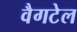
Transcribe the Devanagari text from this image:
वैगटेल